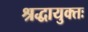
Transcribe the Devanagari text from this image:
श्रद्धायुक्तः